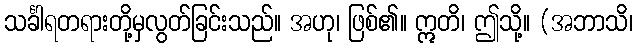
သင်္ခါရတရားတို့မှလွတ်ခြင်းသည်။ အဟု၊ ဖြစ်၏။ ဣတိ၊ ဤသို့။ (အဘာသိ၊